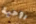
روحية